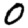
Digit: 0